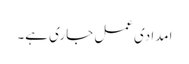
امدادی عمل جاری ہے۔